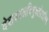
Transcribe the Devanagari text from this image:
देशकालविमुक्तोअस्मि